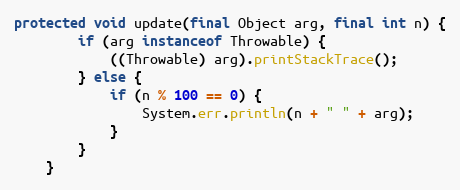
Language: Java
protected void update(final Object arg, final int n) {
        if (arg instanceof Throwable) {
            ((Throwable) arg).printStackTrace();
        } else {
            if (n % 100 == 0) {
                System.err.println(n + " " + arg);
            }
        }
    }